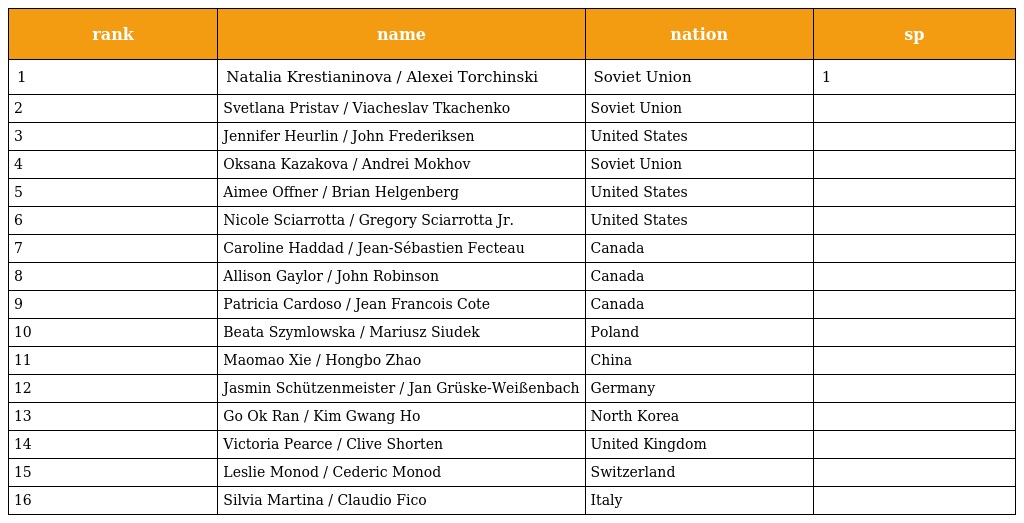
| rank | name | nation | sp |
 | --- | --- | --- | --- |
 | 1 | Natalia Krestianinova / Alexei Torchinski | Soviet Union | 1 |
 | 2 | Svetlana Pristav / Viacheslav Tkachenko | Soviet Union |  |
 | 3 | Jennifer Heurlin / John Frederiksen | United States |  |
 | 4 | Oksana Kazakova / Andrei Mokhov | Soviet Union |  |
 | 5 | Aimee Offner / Brian Helgenberg | United States |  |
 | 6 | Nicole Sciarrotta / Gregory Sciarrotta Jr. | United States |  |
 | 7 | Caroline Haddad / Jean-Sébastien Fecteau | Canada |  |
 | 8 | Allison Gaylor / John Robinson | Canada |  |
 | 9 | Patricia Cardoso / Jean Francois Cote | Canada |  |
 | 10 | Beata Szymlowska / Mariusz Siudek | Poland |  |
 | 11 | Maomao Xie / Hongbo Zhao | China |  |
 | 12 | Jasmin Schützenmeister / Jan Grüske-Weißenbach | Germany |  |
 | 13 | Go Ok Ran / Kim Gwang Ho | North Korea |  |
 | 14 | Victoria Pearce / Clive Shorten | United Kingdom |  |
 | 15 | Leslie Monod / Cederic Monod | Switzerland |  |
 | 16 | Silvia Martina / Claudio Fico | Italy |  |